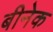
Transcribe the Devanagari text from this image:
बीनेक